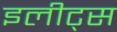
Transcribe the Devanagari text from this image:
इलीट्स